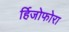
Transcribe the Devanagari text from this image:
र्हिजोफोरा